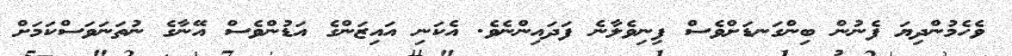
ވެހެމުންދިޔަ ފެނުން ބިންގަނޑަށްވެސް ފިނިވެލާނެ ފަދައިންނެވެ. އެކަނި އައިޒަންގެ އަޑުންވެސް އޭނާގެ ނުތަނަވަސްކަމަށް